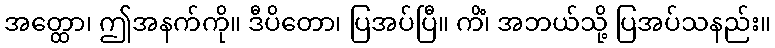
အတ္ထော၊ ဤအနက်ကို။ ဒီပိတော၊ ပြအပ်ပြီ။ ကိံ၊ အဘယ်သို့ ပြအပ်သနည်း။